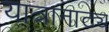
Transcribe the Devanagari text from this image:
यात्रानाट्य